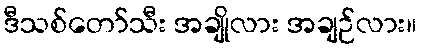
ဒီသစ်တော်သီး အချိုလား အချဉ်လား။